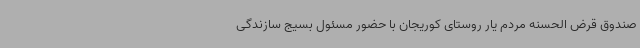
صندوق قرض الحسنه مردم یار روستای کوریجان با حضور مسئول بسیج سازندگی